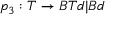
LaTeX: p _ { 3 } : T \rightarrow B T d | B d